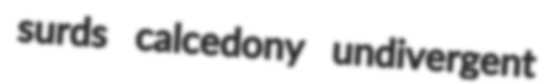
surds calcedony undivergent